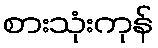
စားသုံးကုန်